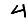
Digit: 4